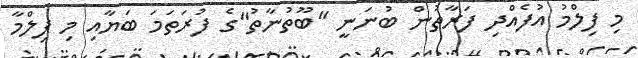
މި ފިލްމު އުފެއްދި ފަރާތުން ބުނަނީ "ބޫތުނާތު"ގެ ފުރަތަމަ ބަޔާއި މި ފިލްމާ